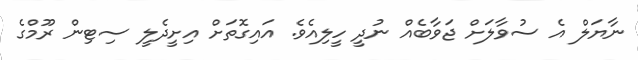
ނާޔަލް އެ ސުވާލަށް ޖަވާބެއް ނުދީ ހީލިއެވެ. އައިގޮތަށް އިށީދެލީ ސިޓިން ރޫމްގެ